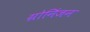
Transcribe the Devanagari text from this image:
ग्रोनिंजन